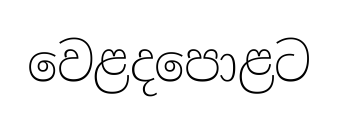
වෙළදපොළට